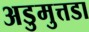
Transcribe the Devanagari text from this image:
अडुमुत्तडा